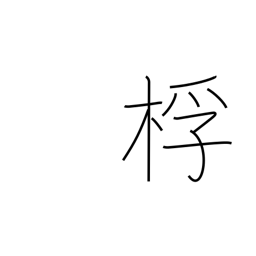
Meaning: drumstick